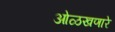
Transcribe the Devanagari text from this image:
ओळखणारे